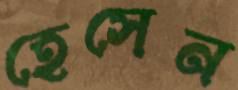
হেসেন